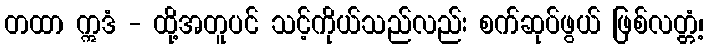
တထာ ဣဒံ - ထို့အတူပင် သင့်ကိုယ်သည်လည်း စက်ဆုပ်ဖွယ် ဖြစ်လတ္တံ့၊